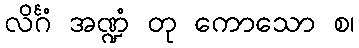
လိင်္ဂံ အဏ္ဍံ တု ကောသော စ၊